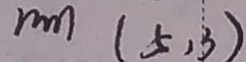
m ( 5 , 3 )